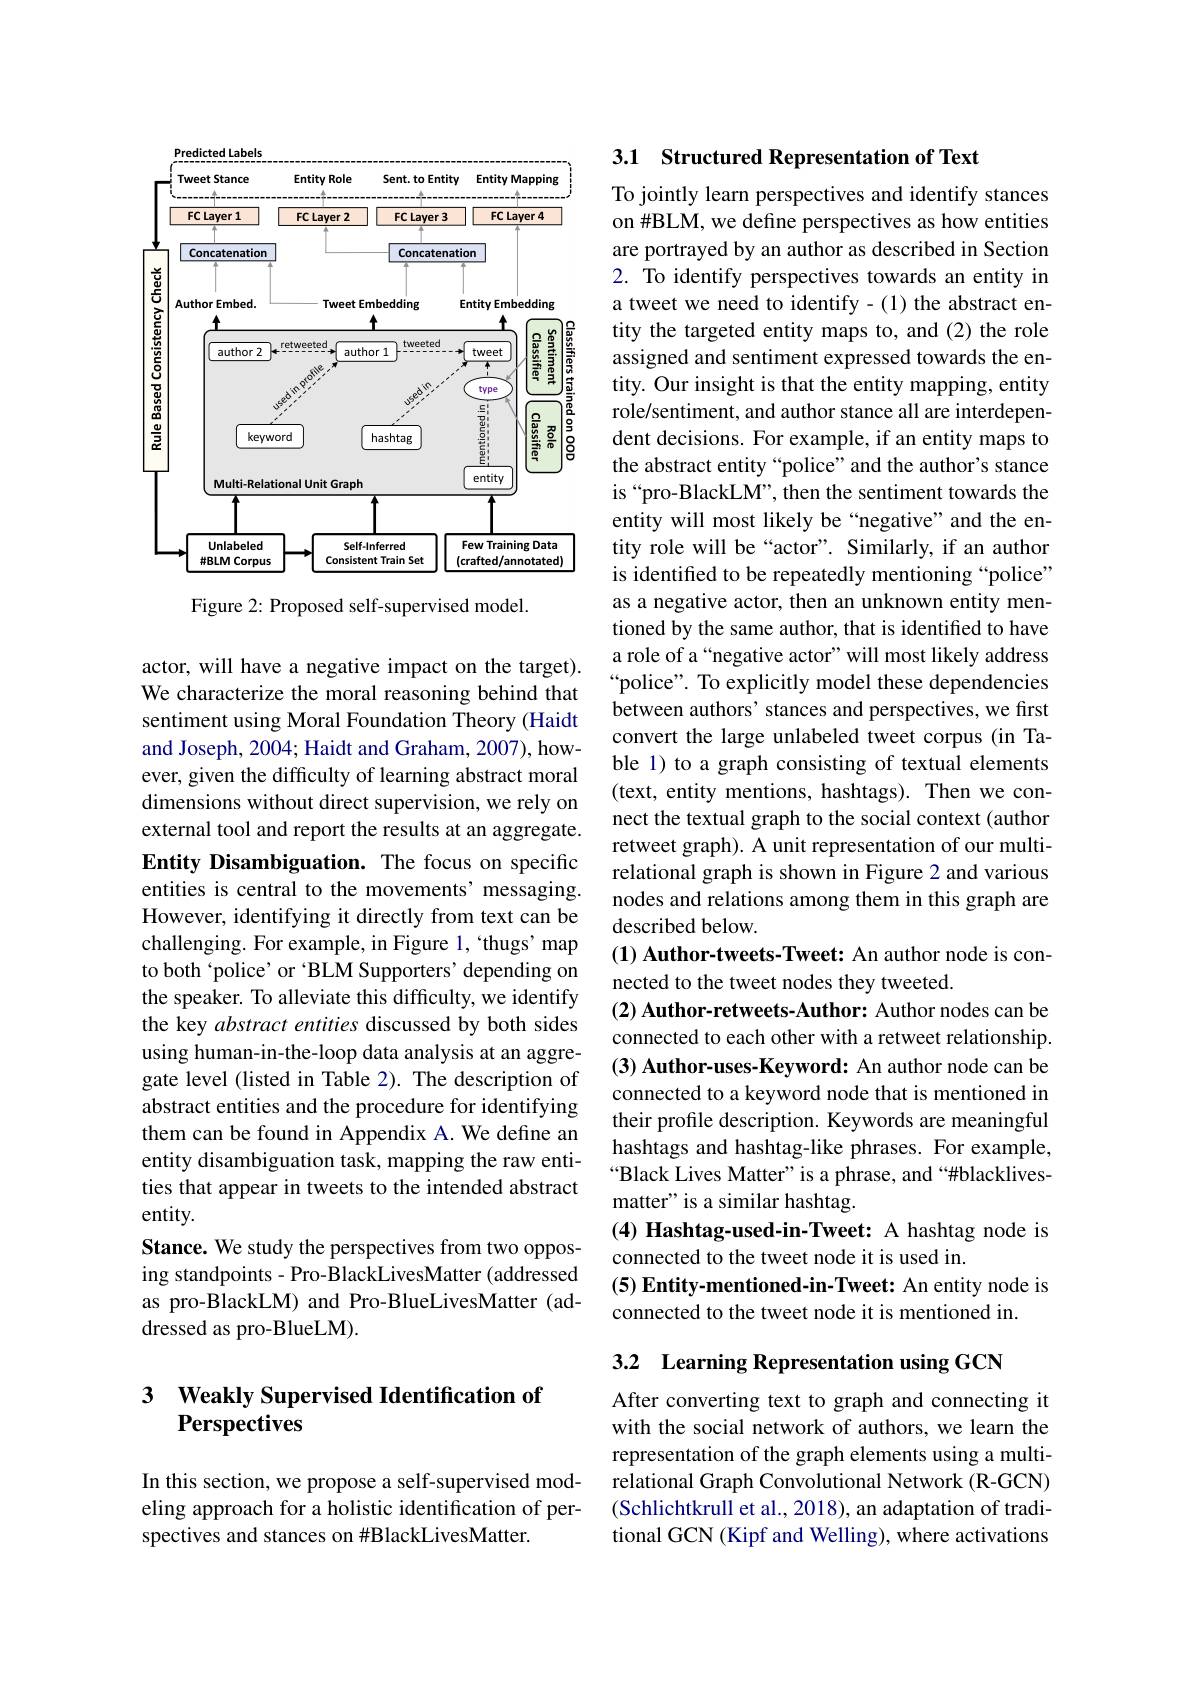
<FigureHere>
Figure 2: Proposed self-supervised model.

actor, will have a negative impact on the target). We characterize the moral reasoning behind that sentiment using Moral Foundation Theory (Haidt and Joseph, 2004; Haidt and Graham, 2007), however, given the difficulty of learning abstract moral dimensions without direct supervision, we rely on external tool and report the results at an aggregate. Entity Disambiguation. The focus on specific entities is central to the movements' messaging. However, identifying it directly from text can be challenging. For example, in Figure 1, `thugs' map to both‘police’ or‘BLM Supporters’ depending on the speaker. To alleviate this difficulty, we identify the key abstract entities discussed by both sides using human-in-the-loop data analysis at an aggregate level (listed in Table 2). The description of abstract entities and the procedure for identifying them can be found in Appendix A. We define an entity disambiguation task, mapping the raw entities that appear in tweets to the intended abstract entity.
Stance. We study the perspectives from two opposing standpoints - Pro-BlackLivesMatter ( addressed as pro-BlackLM) and Pro-BlueLivesMatter (addressed as pro-BlueLM).

## 3 Weakly Supervised Identification of Perspectives

In this section, we propose a self-supervised modeling approach for a holistic identification of perspectives and stances on #BlackLivesMatter.

## 3.1 Structured Representation of Text

To jointly learn perspectives and identify stances on #BLM, we define perspectives as how entities are portrayed by an author as described in Section 2. To identify perspectives towards an entity in a tweet we need to identify-(1) the abstract entity the targeted entity maps to, and (2) the role assigned and sentiment expressed towards the entity. Our insight is that the entity mapping, entity role/sentiment, and author stance all are interdependent decisions. For example, if an entity maps to the abstract entity “police” and the author's stance is“pro-BlackLM”, then the sentiment towards the entity will most likely be“negative”and the entity role will be“actor”. Similarly, if an author is identified to be repeatedly mentioning “police” as a negative actor, then an unknown entity mentioned by the same author, that is identified to have a role of a“negative actor”will most likely address “police”. To explicitly model these dependencies between authors' stances and perspectives, we first convert the large unlabeled tweet corpus (in Table 1) to a graph consisting of textual elements (text, entity mentions, hashtags). Then we connect the textual graph to the social context (author retweet graph). A unit representation of our multirelational graph is shown in Figure 2 and various nodes and relations among them in this graph are described below.
(1) Author-tweets-Tweet: An author node is con-
nected to the tweet nodes they tweeted.
(2) Author-retweets-Author: Author nodes can be connected to each other with a retweet relationship. (3) Author-uses-Keyword: An author node can be connected to a keyword node that is mentioned in their profile description. Keywords are meaningful hashtags and hashtag-like phrases. For example, “Black Lives Matter" is a phrase, and“#blacklivesmatter" is a similar hashtag.
(4) Hashtag-used-in-Tweet: A hashtag node is
connected to the tweet node it is used in.
(5) Entity-mentioned-in-Tweet: An entity node is
connected to the tweet node it is mentioned in.

3.2 Learning Representation using GCN

After converting text to graph and connecting it with the social network of authors, we learn the representation of the graph elements using a multirelational Graph Convolutional Network (R-GCN) (Schlichtkrull et al., 2018), an adaptation of traditional GCN (Kipf and Welling), where activations